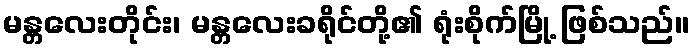
မန္တလေးတိုင်း၊ မန္တလေးခရိုင်တို့၏ ရုံးစိုက်မြို့ ဖြစ်သည်။